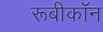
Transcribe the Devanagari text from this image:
रूबीकॉन